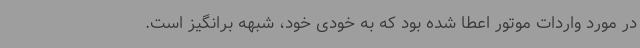
در مورد واردات موتور اعطا شده بود که به خودی خود، شبهه برانگیز است.